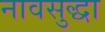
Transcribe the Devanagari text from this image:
नावसुद्धा